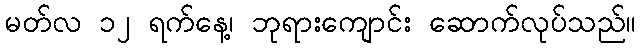
မတ်လ ၁၂ ရက်နေ့၊ ဘုရားကျောင်း ဆောက်လုပ်သည်။